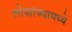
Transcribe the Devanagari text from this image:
लोकांच्यामध्ये